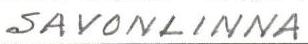
SAVONLINNA